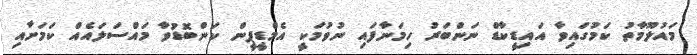
މައުލޫމާތު ކަމުގައިވާ އައިޑީކާޑް ނަންބަރު ހިމަނާފައި ނުވުމަކީ އެމްޑީޕީން ކަންބޮޑުވާ މައްސަލައެއް ކަމަށާއި